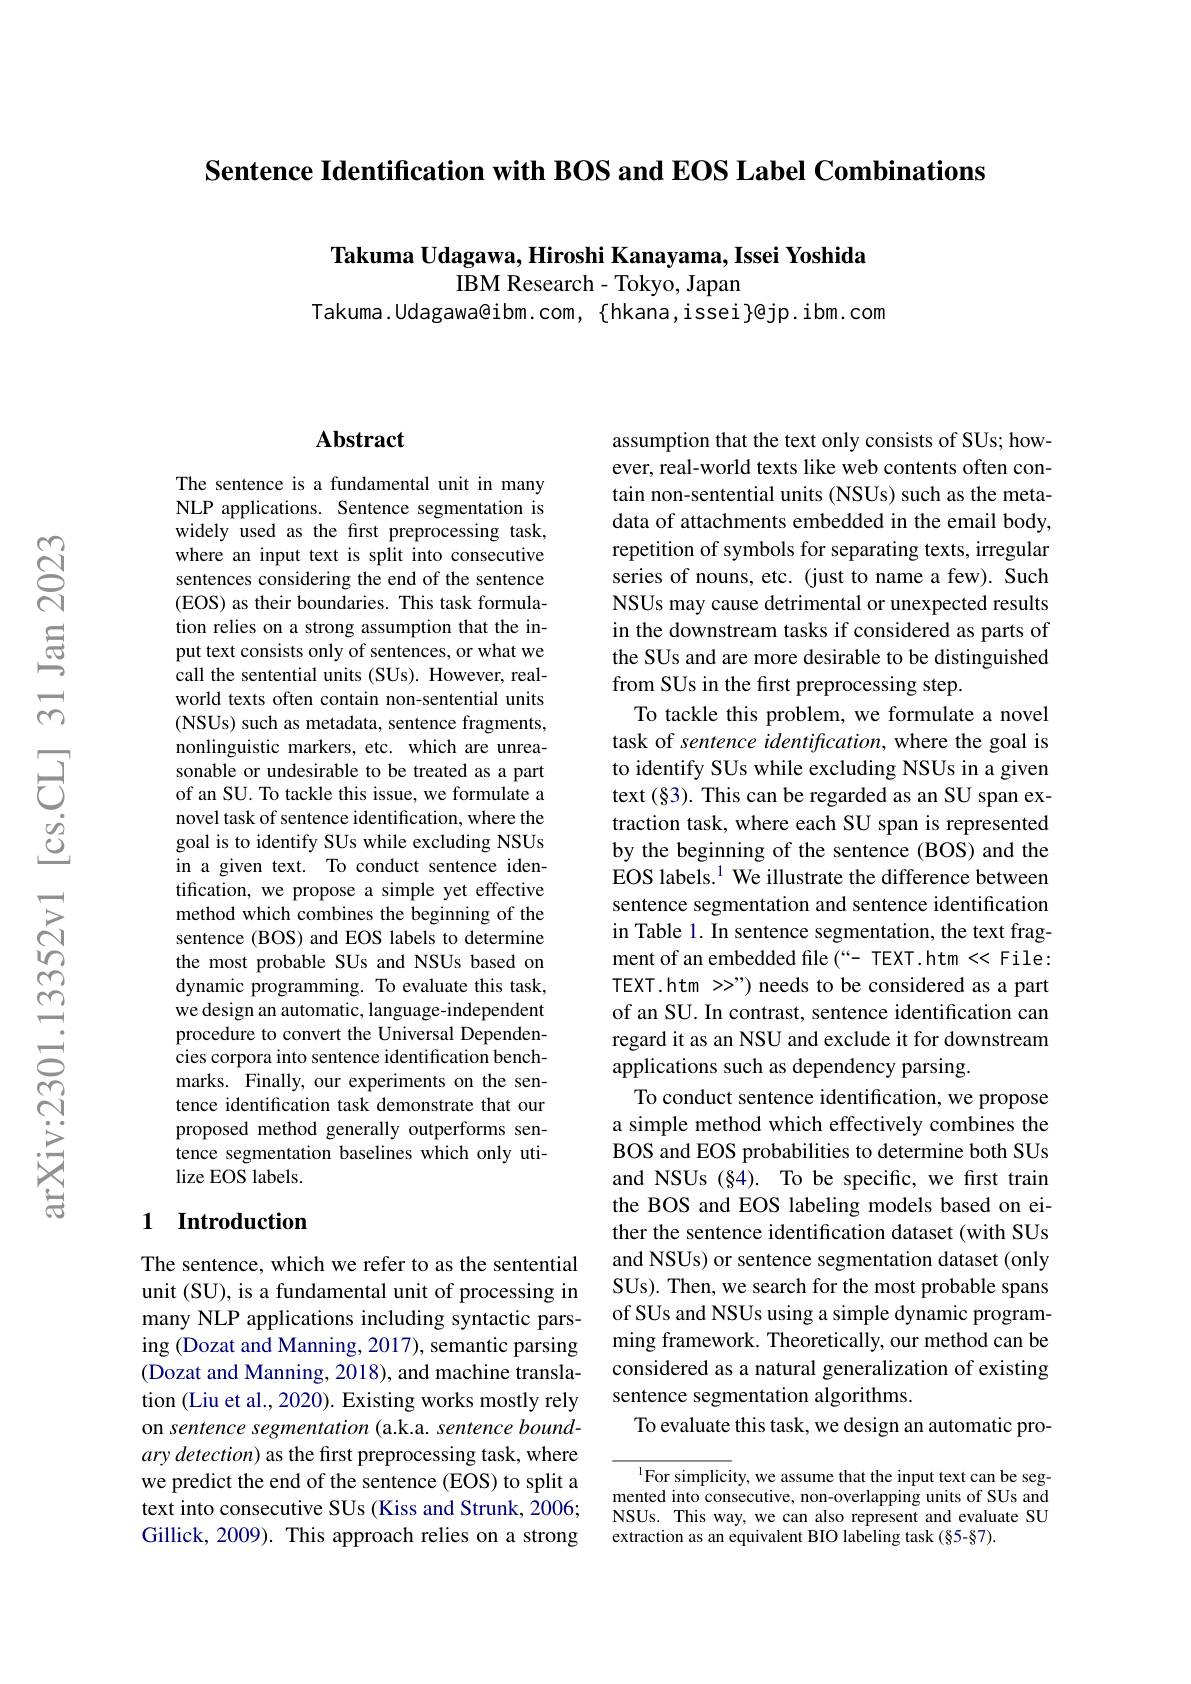
Sentence Identification with BOS and EOS Label Combinations

Takuma Udagawa, Hiroshi Kanayama, Issei Yoshida
IBM Research - Tokyo, Japan
Takuma.Udagawa@ibm.com, {hkana,issei}@jp.ibm.com

## $\mathbf{Abstract}$

The sentence is a fundamental unit in many NLP applications. Sentence segmentation is widely used as the first preprocessing task, where an input text is split into consecutive sentences considering the end of the sentence (EOS) as their boundaries. This task formulation relies on a strong assumption that the input text consists only of sentences, or what we call the sentential units (SUs). However, realworld texts often contain non-sentential units (NSUs) such as metadata, sentence fragments, nonlinguistic markers, etc. which are unreasonable or undesirable to be treated as a part of an SU. To tackle this issue, we formulate a novel task of sentence identification, where the goal is to identify SUs while excluding NSUs in a given text. To conduct sentence identification, we propose a simple yet effective method which combines the beginning of the sentence (BOS) and EOS labels to determine the most probable SUs and NSUs based on dynamic programming. To evaluate this task, we design an automatic, language-independent procedure to convert the Universal Dependencies corpora into sentence identification benchmarks. Finally, our experiments on the sentence identification task demonstrate that our proposed method generally outperforms sentence segmentation baselines which only utilize EOS labels.

## 1 Introduction

The sentence, which we refer to as the sentential unit (SU), is a fundamental unit of processing in many NLP applications including syntactic parsing (Dozat and Manning, 2017), semantic parsing (Dozat and Manning, 2018), and machine translation (Liu et al., 2020). Existing works mostly rely on sentence segmentation ( a.k.a. sentence boundary detection) as the first preprocessing task, where we predict the end of the sentence (EOS) to split a text into consecutive SUs (Kiss and Strunk, 2006; Gillick, 2009). This approach relies on a strong

assumption that the text only consists of SUs; however, real-world texts like web contents often contain non-sentential units (NSUs) such as the metadata of attachments embedded in the email body, repetition of symbols for separating texts, irregular series of nouns, etc. (just to name a few). Such NSUs may cause detrimental or unexpected results in the downstream tasks if considered as parts of the SUs and are more desirable to be distinguished from SUs in the first preprocessing step.
To tackle this problem, we formulate a novel task of sentence identification, where the goal is to identify SUs while excluding NSUs in a given text $(\S3).$ This can be regarded as an SU span extraction task, where each SU span is represented by the beginning of the sentence (BOS) and the EOS labels.$^1$ We illustrate the difference between sentence segmentation and sentence identification in Table 1. In sentence segmentation, the text fragment of an embedded file (“- TEXT.htm << File: TEXT.htm >>") needs to be considered as a part of an SU. In contrast, sentence identification can regard it as an NSU and exclude it for downstream applications such as dependency parsing.
To conduct sentence identification, we propose a simple method which effectively combines the BOS and EOS probabilities to determine both SUs and NSUs (§4). To be specific, we first train the BOS and EOS labeling models based on either the sentence identification dataset (with SUs and NSUs) or sentence segmentation dataset (only SUs). Then, we search for the most probable spans of SUs and NSUs using a simple dynamic programming framework. Theoretically, our method can be considered as a natural generalization of existing sentence segmentation algorithms.
To evaluate this task, we design an automatic pro-

$^{1}$For simplicity, we assume that the input text can be segmented into consecutive, non-overlapping units of SUs and NSUs. This way, we can also represent and evaluate SU extraction as an equivalent BIO labeling task (§5-§7).